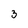
Character: 3